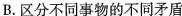
B.区分不同事物的不同矛盾